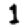
Digit: 1